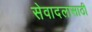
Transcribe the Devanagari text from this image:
सेवादलासाठी